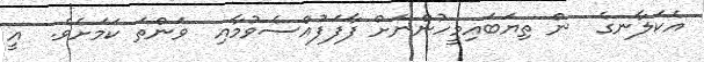
އެކަލާނގެ  ން ތިޔަބައިމީހުންނަށް ފާފަފުއްސެވުމާއި  ވަންތަ ކަމަށެވެ.  އީ